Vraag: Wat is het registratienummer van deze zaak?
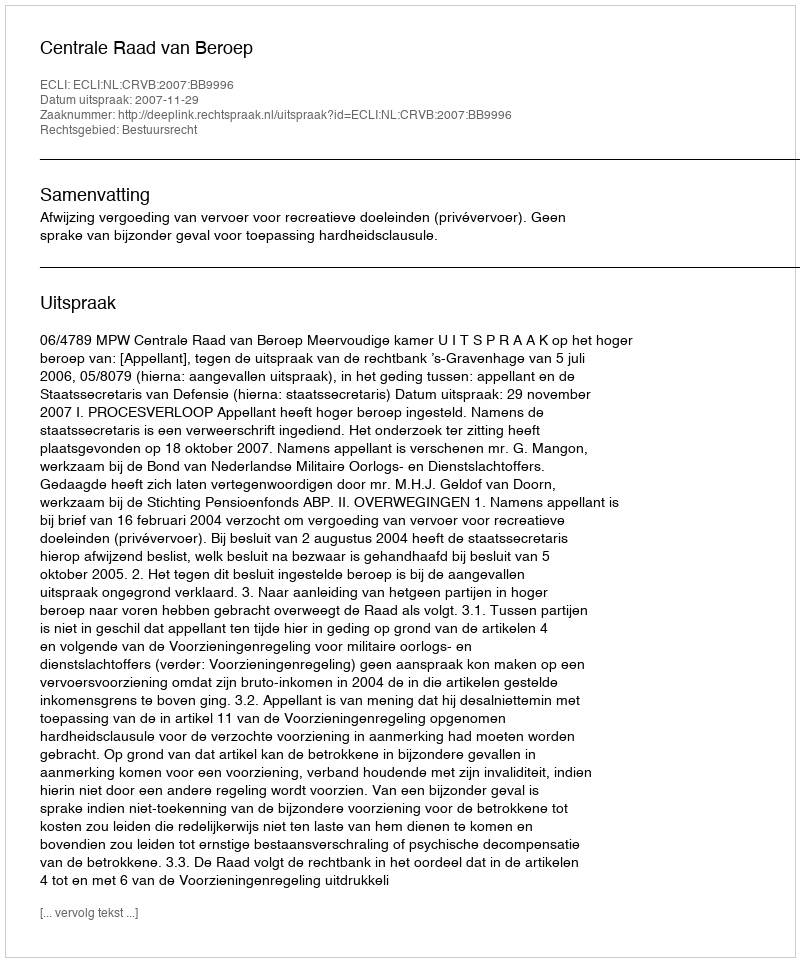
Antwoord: http://deeplink.rechtspraak.nl/uitspraak?id=ECLI:NL:CRVB:2007:BB9996